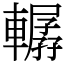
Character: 轏